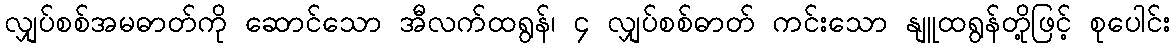
လျှပ်စစ်အမဓာတ်ကို ဆောင်သော အီလက်ထရွန်၊ ၄ လျှပ်စစ်ဓာတ် ကင်းသော နျူထရွန်တို့ဖြင့် စုပေါင်း